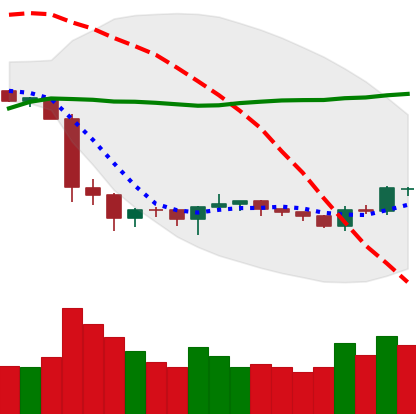
Ticker: BTC-USD
Chart end date: 2019-10-10
Forward return: -4.438%
Label: down_3_5